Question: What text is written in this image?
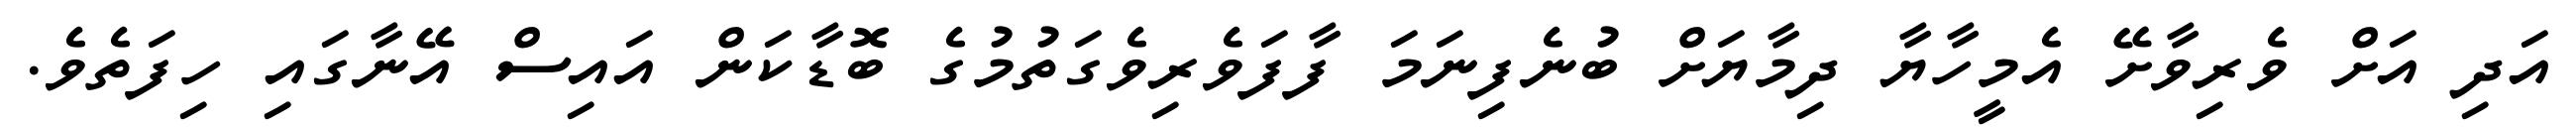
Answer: އަދި އަށް ވެރިވާށޭ އެމީހާޔާ ދިމާޔަށް ބުނެފިނަމަ ފާފަވެރިވެގަތުމުގެ ބޮޑާކަން އައިސް އޭނާގައި ހިފަތެވެ.